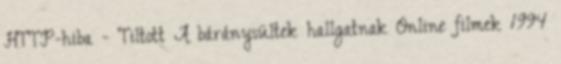
HTTP-hiba - Tiltott A báránysültek hallgatnak Online filmek 1994